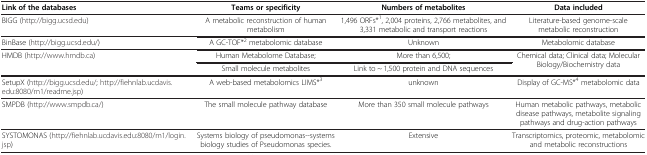
| Link of the databases | Teams or specificity | Numbers of metabolites | Data included |
 | --- | --- | --- | --- |
 | BIGG (http://bigg.ucsd.edu) | A metabolic reconstruction of human metabolism | 1,496 ORFs*1, 2,004 proteins, 2,766 metabolites, and 3,331 metabolic and transport reactions | Literature-based genome-scale metabolic reconstruction |
 | BinBase (http://bigg.ucsd.edu/) | A GC-TOF*2 metabolomic database | Unknown | Metabolomic database |
 | HMDB (http://www.hmdb.ca) | Human Metabolome Database; | More than 6,500; | Chemical data; Clinical data; Molecular Biology/Biochemistry data |
 |  | Small molecule metabolites | Link to ~ 1,500 protein and DNA sequences |  |
 | SetupX (http://bigg.ucsd.edu/;http://fiehnlab.ucdavis.edu:8080/m1/readme.jsp) | A web-based metabolomics LIMS*3 | unknown | Display of GC-MS*4 metabolomic data |
 | SMPDB (http://www.smpdb.ca/) | The small molecule pathway database | More than 350 small molecule pathways | Human metabolic pathways, metabolic disease pathways, metabolite signaling pathways and drug-action pathways |
 | SYSTOMONAS (http://fiehnlab.ucdavis.edu:8080/m1/login.jsp) | Systems biology of pseudomonas--systems biology studies of Pseudomonas species. | Extensive | Transcriptomics, proteomic, metabolomic and metabolic reconstructions |